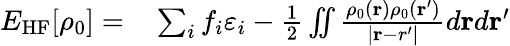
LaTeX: \begin{array}{rl}{E_{\mathrm{HF}}[\rho_{0}]=}&{{}\sum_{i}f_{i}\varepsilon_{i}-\frac{1}{2}\iint\frac{\rho_{0}({\mathbf r})\rho_{0}({\mathbf r^{\prime}})}{\vert{\mathbf r-r^{\prime}}\vert}d{\mathbf r}d{\mathbf r^{\prime}}}\end{array}